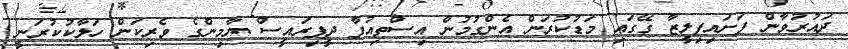
ދައުރުވާން ފަށައިފިލީޒާ ގޭގައި މަޑުކުރަން އެންގުމުން އިސްތިއުފާ ދީފިރައީސް ޔާމިންގެ ވެރިކަން ހަލާކުކުރަނީ